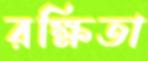
রক্ষিতা